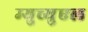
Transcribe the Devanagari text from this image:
म्युच्युएल